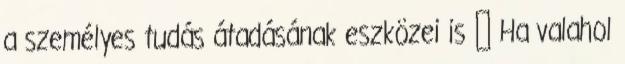
a személyes tudás átadásának eszközei is  Ha valahol